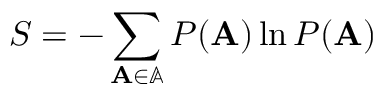
S = - \sum _ { \mathbf { A } \in \mathbb { A } } P ( \mathbf { A } ) \ln P ( \mathbf { A } )